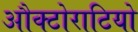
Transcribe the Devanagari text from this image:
औक्टोराटियो